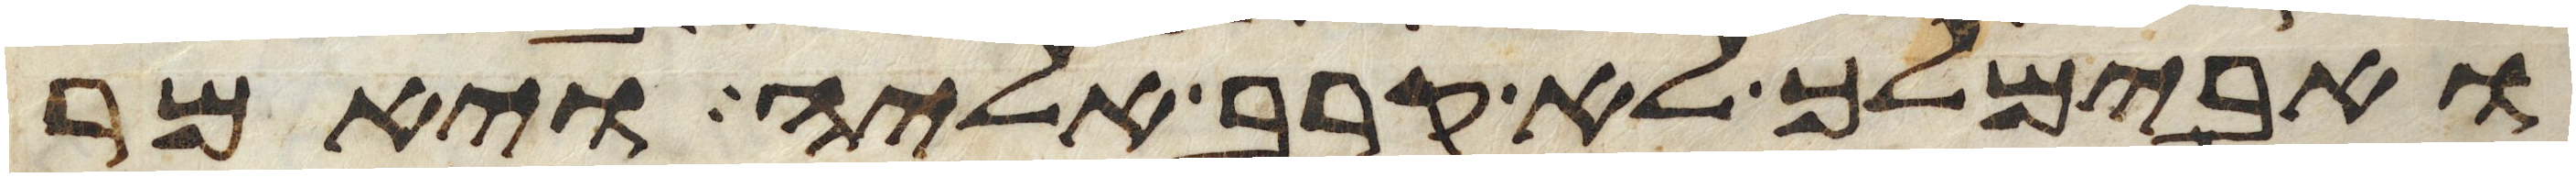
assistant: ואבימלך לא קרב אליה ויאמר